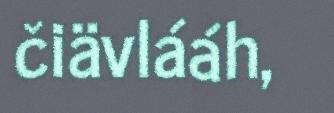
čiävlááh,